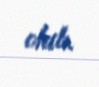
olub.